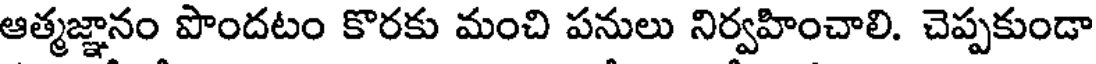
ఆత్మజ్ఞానం పొందటం కొరకు మంచి పనులు నిర్వహించాలి. చెప్పకుండా